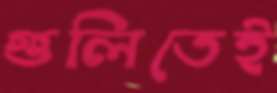
গুলিতেই